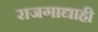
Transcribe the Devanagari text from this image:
राजगाद्याही